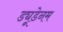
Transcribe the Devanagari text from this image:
ड्यूडेनम